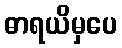
ဓာရယိမှပေ